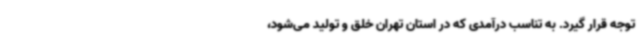
توجه قرار گیرد. به تناسب درآمدی که در استان تهران خلق و تولید می‌شود،